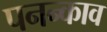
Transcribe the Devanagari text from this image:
पनन्काव